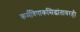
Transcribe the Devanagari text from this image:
कर्मविपाकसिद्धांतावरही